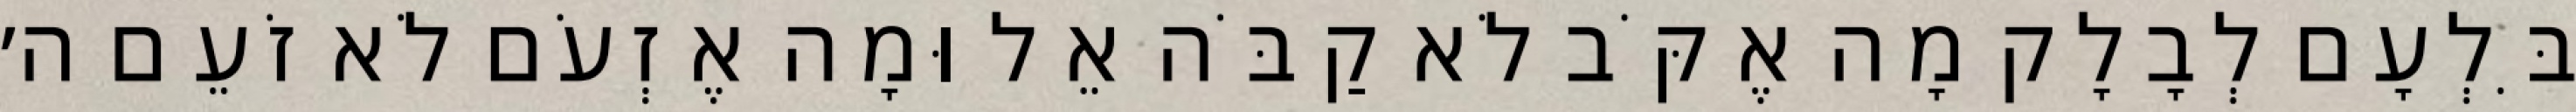
בִּלְעָם לְבָלָק מָה אֶקֹּב לֹא קַבֹּה אֵל וּמָה אֶזְעֹם לֹא זֹעֵם ה׳